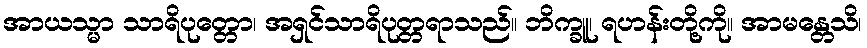
အာယသ္မာ သာရိပုတ္တော၊ အရှင်သာရိပုတ္တရာသည်။ ဘိက္ခူ၊ ရဟန်းတို့ကို။ အာမန္တေသိ၊